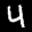
Label: 4